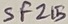
Text: SF215